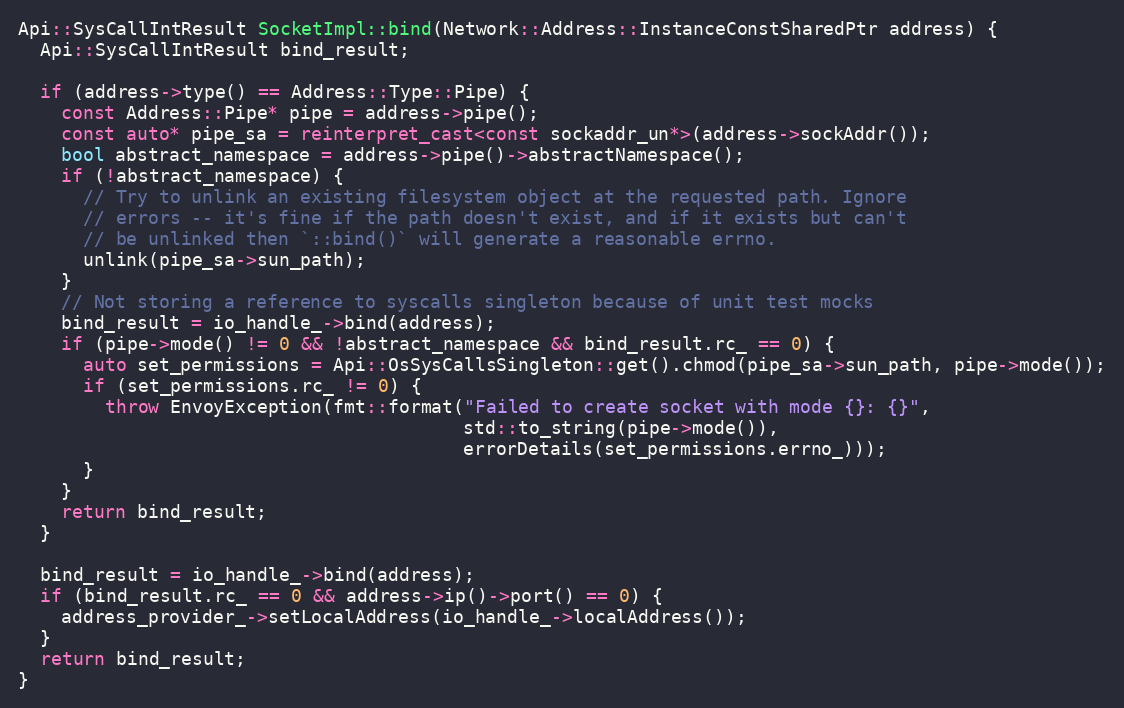
Language: C++
Api::SysCallIntResult SocketImpl::bind(Network::Address::InstanceConstSharedPtr address) {
  Api::SysCallIntResult bind_result;

  if (address->type() == Address::Type::Pipe) {
    const Address::Pipe* pipe = address->pipe();
    const auto* pipe_sa = reinterpret_cast<const sockaddr_un*>(address->sockAddr());
    bool abstract_namespace = address->pipe()->abstractNamespace();
    if (!abstract_namespace) {
      // Try to unlink an existing filesystem object at the requested path. Ignore
      // errors -- it's fine if the path doesn't exist, and if it exists but can't
      // be unlinked then `::bind()` will generate a reasonable errno.
      unlink(pipe_sa->sun_path);
    }
    // Not storing a reference to syscalls singleton because of unit test mocks
    bind_result = io_handle_->bind(address);
    if (pipe->mode() != 0 && !abstract_namespace && bind_result.rc_ == 0) {
      auto set_permissions = Api::OsSysCallsSingleton::get().chmod(pipe_sa->sun_path, pipe->mode());
      if (set_permissions.rc_ != 0) {
        throw EnvoyException(fmt::format("Failed to create socket with mode {}: {}",
                                         std::to_string(pipe->mode()),
                                         errorDetails(set_permissions.errno_)));
      }
    }
    return bind_result;
  }

  bind_result = io_handle_->bind(address);
  if (bind_result.rc_ == 0 && address->ip()->port() == 0) {
    address_provider_->setLocalAddress(io_handle_->localAddress());
  }
  return bind_result;
}